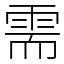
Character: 需